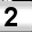
Digit: 2